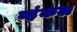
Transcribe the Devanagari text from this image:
व्हंकल